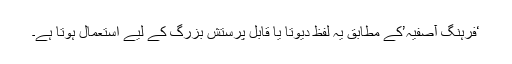
‘فرہنگِ آصفیہ’کے مطابق یہ لفظ دیوتا یا قابلِ پرستش بزرگ کے لیے استعمال ہوتا ہے۔